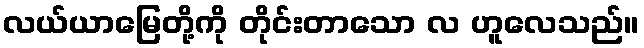
လယ်ယာမြေတို့ကို တိုင်းတာသော လ ဟူလေသည်။